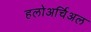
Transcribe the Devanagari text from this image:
हलोअर्चिअल